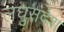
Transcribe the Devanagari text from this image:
लघुसंदेश